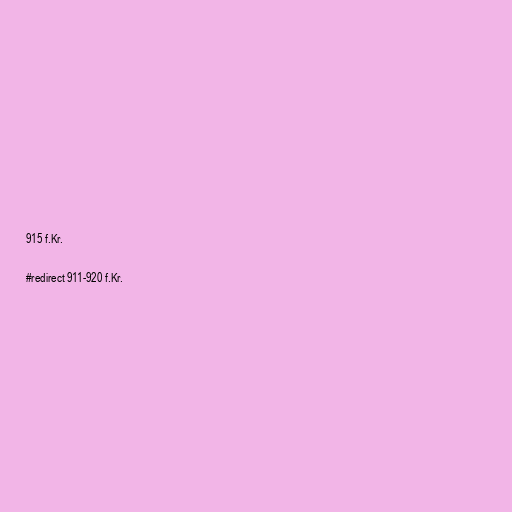
915 f.Kr.

#redirect 911-920 f.Kr.